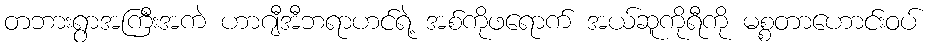
တဘားရွာအကြီးအကဲ ဟာဂျီအီဘရာဟင်ရဲ့ အစ်ကိုဖရောက် အယ်ဆူကိုရီကို မစ္စတာဟောင်းဝပ်